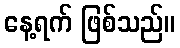
နေ့ရက် ဖြစ်သည်။